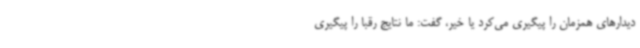
دیدارهای همزمان را پیگیری می‌کرد یا خیر، گفت: ما نتایج رقبا را پیگیری